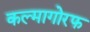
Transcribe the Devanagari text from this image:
कल्मागोरफ